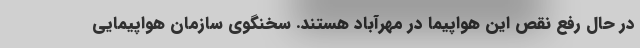
در حال رفع نقص این هواپیما در مهرآباد هستند. سخنگوی سازمان هواپیمایی